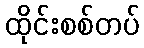
ထိုင်းစစ်တပ်